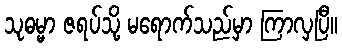
သုဓမ္မာ ဇရပ်သို့ မရောက်သည်မှာ ကြာလှပြီ။